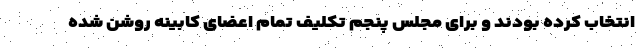
انتخاب کرده بودند و برای مجلس پنجم تکلیف تمام اعضای کابینه روشن شده